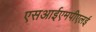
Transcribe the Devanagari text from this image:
एसआईएमपीएलई